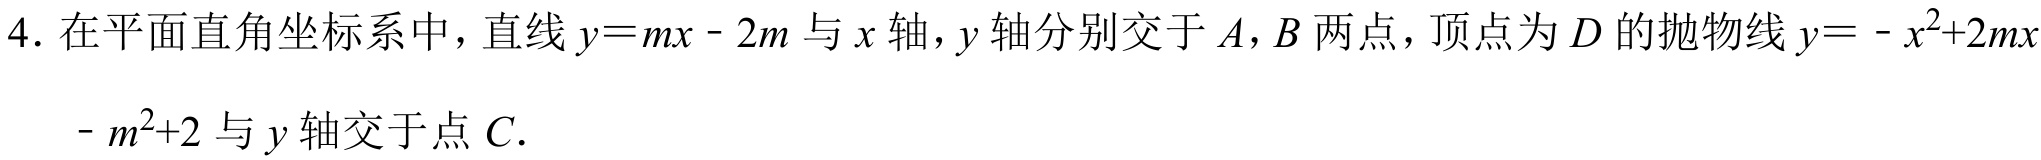
4. 在平面直角坐标系中，直线\(y = mx - 2m\)与\(x\)轴，\(y\)轴分别交于\(A\)，\(B\)两点，顶点为\(D\)的抛物线\(y = -x^{2}+2mx - m^{2}+2\)与\(y\)轴交于点\(C\).